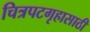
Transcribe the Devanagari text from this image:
चित्रपटगृहासाठी